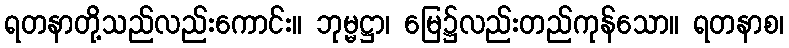
ရတနာတို့သည်လည်းကောင်း။ ဘုမ္မဋ္ဌာ၊ မြေ၌လည်းတည်ကုန်သော။ ရတနာစ၊